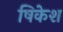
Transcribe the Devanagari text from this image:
षिकेश